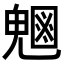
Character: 𭀸